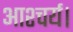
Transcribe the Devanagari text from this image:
आश्चर्य।